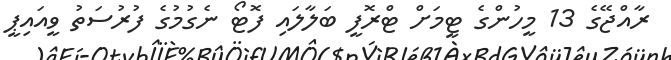
ރާއްޖޭގެ 13 މީހުންގެ ޓީމަށް ޓްރޮފީ ބަލާލައި ފޮޓޯ ނެގުމުގެ ފުރުސަތު ވީއައިޕީ